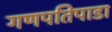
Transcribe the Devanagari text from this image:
गणपतिपाडा